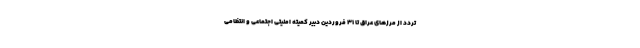
تردد از مرزهای عراق تا ۳۱ فروردین دبیر کمیته امنیتی اجتماعی و انتظامی